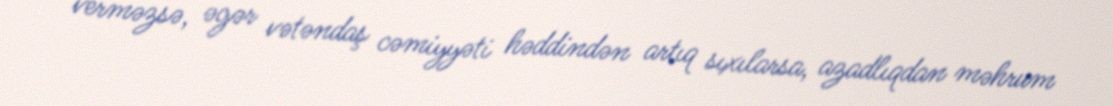
verməzsə, əgər vətəndaş cəmiyyəti həddindən artıq sıxılarsa, azadlıqdan məhrum